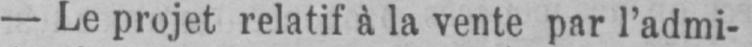
- Le projet relatif à la vente par l’admi-